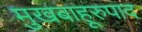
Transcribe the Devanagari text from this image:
मुखबाहूरुपाद